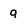
Character: q